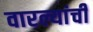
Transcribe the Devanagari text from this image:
वारल्यांची